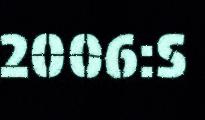
2006:S